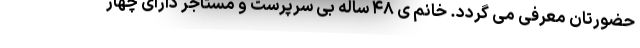
حضورتان معرفی می گردد. خانم ی ۴۸ ساله بی سرپرست و مستاجر دارای چهار